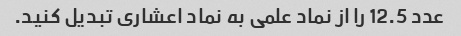
عدد 12.5 را از نماد علمی به نماد اعشاری تبدیل کنید.